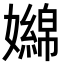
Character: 嬵